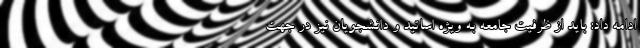
ادامه داد: باید از ظرفیت جامعه به ویژه اساتید و دانشجویان نیز در جهت